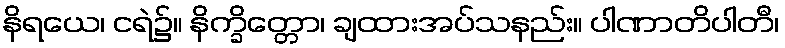
နိရယေ၊ ငရဲ၌။ နိက္ခိတ္တော၊ ချထားအပ်သနည်း။ ပါဏာတိပါတီ၊